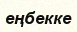
еңбекке